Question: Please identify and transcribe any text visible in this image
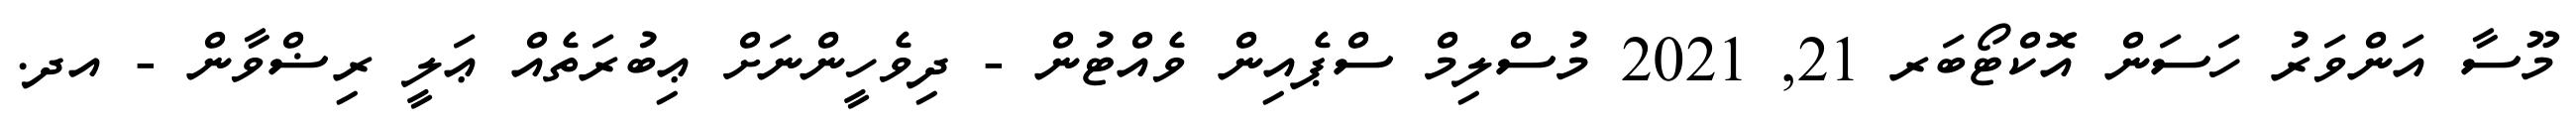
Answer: މޫސާ އަންވަރު ހަސަން އޮކްޓޯބަރ 21, 2021 މުސްލިމް ސްޕެއިން ވެއްޓުން - ދިވެހީންނަށް ޢިބުރަތެއް ޢަލީ ރިޟްވާން - އދ.